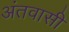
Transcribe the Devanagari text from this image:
अंतवासी